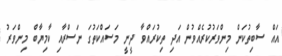
އައް ސާބިތުކަން މިންވަރުކުރެއްވުން އަދި ތިކުރައްވާ ދީނީ މަސައްކަތުގަ ނަސްރާއި ކާމިޔާބް މިންވަރު